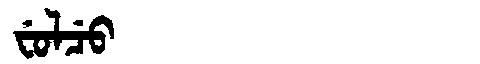
Manchu: ᠸᡠᠯᠴᡠ
Romanization: FULCU